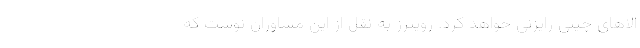
الاهای چینی رایزنی خواهد کرد. رویترز به نقل از این مشاوران نوشت که